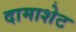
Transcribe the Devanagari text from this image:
दामाशेट